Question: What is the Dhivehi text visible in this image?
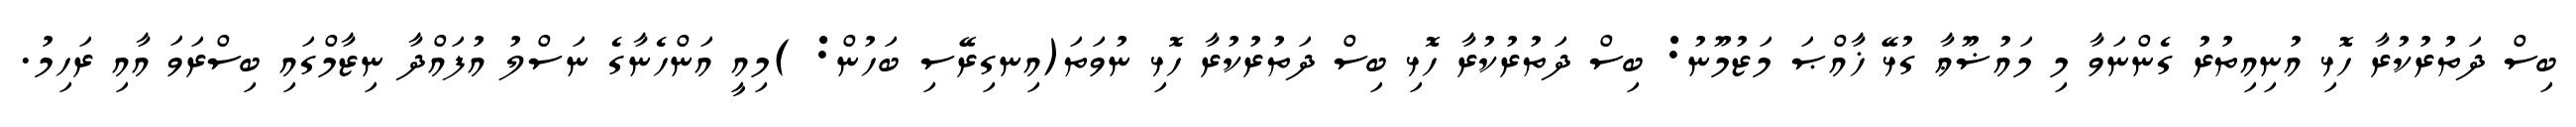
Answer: ބިސް ދަތުރުކުރާ ހޮޅި އުނިއިތުރު ގެންނަވާ މި މައުޟޫޢާ ގުޅޭ ޚާއްޞަ މަޒުމޫނު: ބިސް ދަތުރުކުރާ ހޮޅި ބިސް ދަތުރުކުރާ ހޮޅި ނުވަތަ(އިނގިރޭސި ބަހުން: )މިއީ އަންހެނާގެ ނަސްލު އުފައްދާ ނިޒާމްގައި ބިސްރަވަ އާއި ރަހިމު.